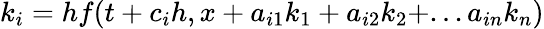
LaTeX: k_{i}=hf(t+c_{i}h,x+a_{i1}k_{1}+a_{i2}k_{2}+...a_{in}k_{n})